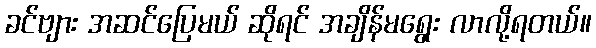
ခင်ဗျား အဆင်ပြေမယ် ဆိုရင် အချိန်မရွေး လာလို့ရတယ်။